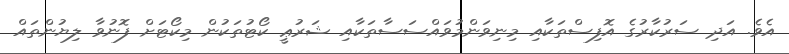
އެވެ. އަދި ސަރުކާރުގެ އޮފިސްތަކާއި މިނިވަންމުވައްސަސާތަކާއި ޝަރުޢީ ކޯޓުތަކުން މިކޯޓަށް ފޮނުވާ ލިޔުންތައް